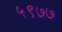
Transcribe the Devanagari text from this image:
५९७७